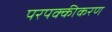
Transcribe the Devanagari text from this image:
परपक्कीकरण